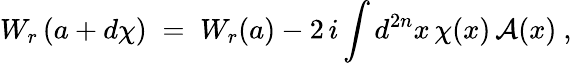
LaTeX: W_{r}\left(a+d\chi\right)\; =\; W_{r}(a)-2\, i\int d^{2n}x\, \chi(x)\, {\mathcal A}(x)~,